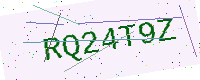
Text: RQ24T9Z